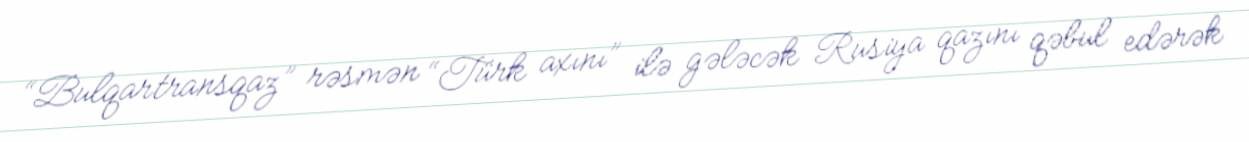
“Bulqartransqaz” rəsmən “Türk axını” ilə gələcək Rusiya qazını qəbul edərək